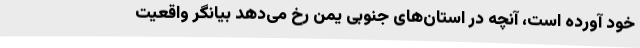
خود آورده است، آنچه در استان‌های جنوبی یمن رخ می‌دهد بیانگر واقعیت